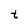
Character: t